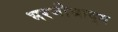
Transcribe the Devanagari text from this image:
भरणीश्राद्ध